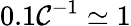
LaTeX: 0.1\mathcal{C}^{-1}\simeq1